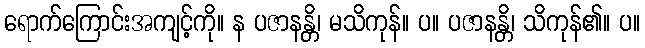
ရောက်ကြောင်းအကျင့်ကို။ န ပဇာနန္တိ၊ မသိကုန်။ ပ။ ပဇာနန္တိ၊ သိကုန်၏။ ပ။